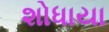
શોધાયા